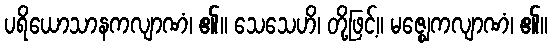
ပရိယောသာနကလျာဏံ၊ ၏။ သေသေဟိ၊ တို့ဖြင့်။ မဇ္ဈေကလျာဏံ၊ ၏။